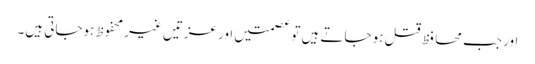
اور جب محا فظ قتل ہو جاتے ہیں تو عصمتیں اور عزتیں غیر محفوظ ہوجاتی ہیں۔